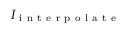
I _ { \mathrm { ~ i ~ n ~ t ~ e ~ r ~ p ~ o ~ l ~ a ~ t ~ e ~ } }